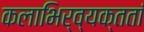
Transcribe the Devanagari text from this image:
कलाभिर्व्यक्ततां